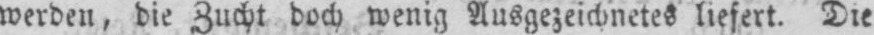
werden, die Zucht doch wenig Ausgezeichnetes liefert. Die